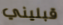
قبليني